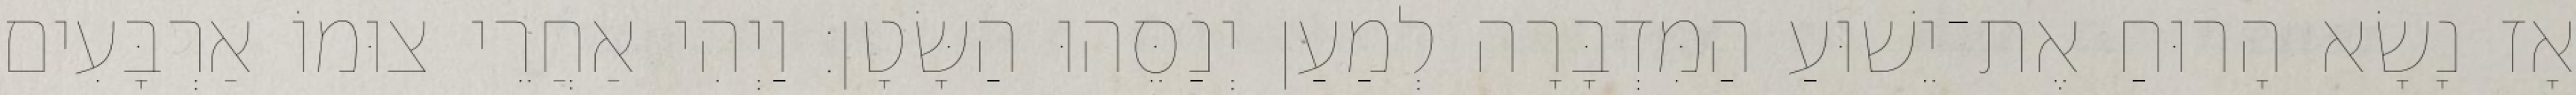
אָז נָשָׂא הָרוּחַ אֶת־יֵשׁוּעַ הַמִּדְבָּרָה לְמַעַן יְנַסֵּהוּ הַשָּׂטָן׃ וַיְהִי אַחֲרֵי צוּמוֹ אַרְבָּעִים